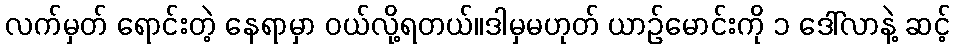
လက်မှတ် ရောင်းတဲ့ နေရာမှာ ဝယ်လို့ရတယ်။ဒါမှမဟုတ် ယာဉ်မောင်းကို ၁ ဒေါ်လာနဲ့ ဆင့်